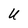
Character: U